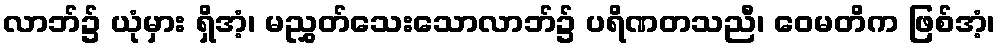
လာဘ်၌ ယုံမှား ရှိအံ့၊ မညွှတ်သေးသောလာဘ်၌ ပရိဏတသညီ၊ ဝေမတိက ဖြစ်အံ့၊